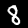
Digit: 8